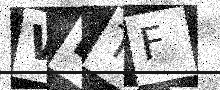
Text: WBTF